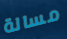
مسالة